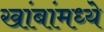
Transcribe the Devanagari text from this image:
खांबांमध्ये